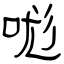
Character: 哤